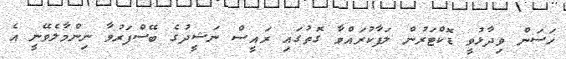
ހަސަން ވިދާޅުވީ ޑޮކްޓަރުން ލަފާކުރައްވާ ގޮތުގައި ރައީސް ނަޝީދުގެ ބޭސްފަރުވާ ނިންމާލެވޭނީ އެ